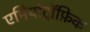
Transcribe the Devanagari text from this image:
एमियोट्रॉफ़िक